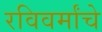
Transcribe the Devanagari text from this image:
रविवर्मांचे